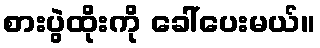
စားပွဲထိုးကို ခေါ်ပေးမယ်။